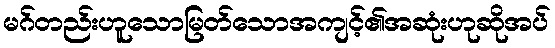
မဂ်တည်းဟူသောမြတ်သောအကျင့်၏အဆုံးဟုဆိုအပ်